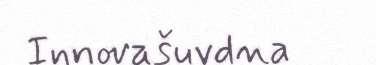
Innovašuvdna